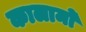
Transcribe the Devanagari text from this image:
कालामो